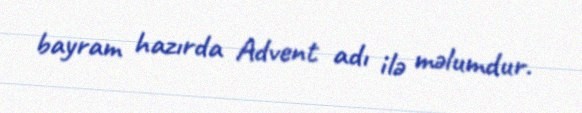
bayram hazırda Advent adı ilə məlumdur.